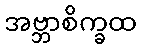
အဗ္ဘာစိက္ခထ